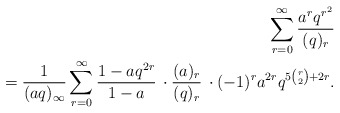
\begin{align*}\sum_{r=0}^{\infty} \frac{a^r q^{r^2}}{(q)_r} \\=\frac{1}{(aq)_{\infty}} \sum_{r=0}^{\infty}\frac{1-a q^{2r}}{1-a}\, \cdot\frac{(a)_r}{(q)_r}\,\cdot (-1)^r a^{2r} q^{5\binom{r}{2}+2r}.\end{align*}